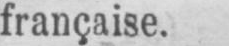
française.